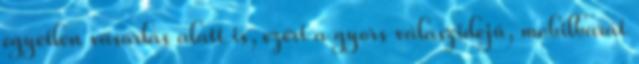
egyetlen vásárlás alatt is, ezért a gyors válaszidejű, mobilbarát